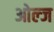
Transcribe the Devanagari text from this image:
ओल्ज